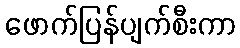
ဖောက်ပြန်ပျက်စီးကာ